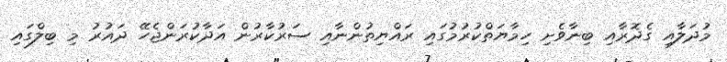
މުދަލާއި ގެދޮރާއި ބިނާވެށި ހިމާޔަތްކުރުމުގައި ރައްޔިތުންނާއި ސަރުކާރުން އަދާކުރަންޖެހޭ ދައުރު މި ބިލްގައި